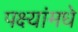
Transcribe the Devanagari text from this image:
पक्ष्यांमधे